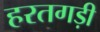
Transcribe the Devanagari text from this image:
हरतगड़ी